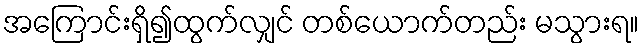
အကြောင်းရှိ၍ထွက်လျှင် တစ်ယောက်တည်း မသွားရ။